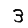
Digit: 3